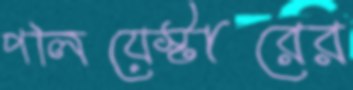
পলিয়েস্টারের